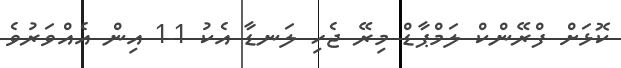
ކޮޅަށް ފްރޭންކް ލަމްޕާޑް މިރޭ ޖެހި ލަނޑާ އެކު 1-1 އިން އެއްވަރުވެ